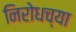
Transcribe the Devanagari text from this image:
निरोधच्या